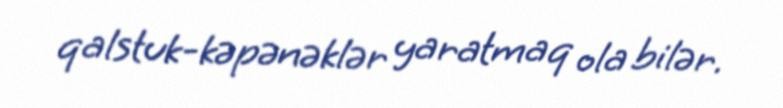
qalstuk-kəpənəklər yaratmaq ola bilər.